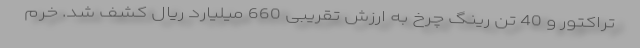
تراکتور و 40 تن رینگ چرخ به ارزش تقریبی 660 میلیارد ریال کشف شد. خرم